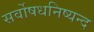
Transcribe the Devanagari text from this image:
सर्वोषधनिष्यन्द